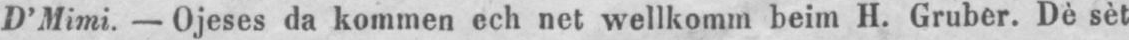
D’Mimi. - Ojeses da kommen ech net wellkomm beim H. Gruber. Dè sèt